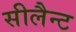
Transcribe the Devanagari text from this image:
सीलैन्ट